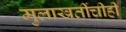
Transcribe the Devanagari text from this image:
मुलाखतींचीही